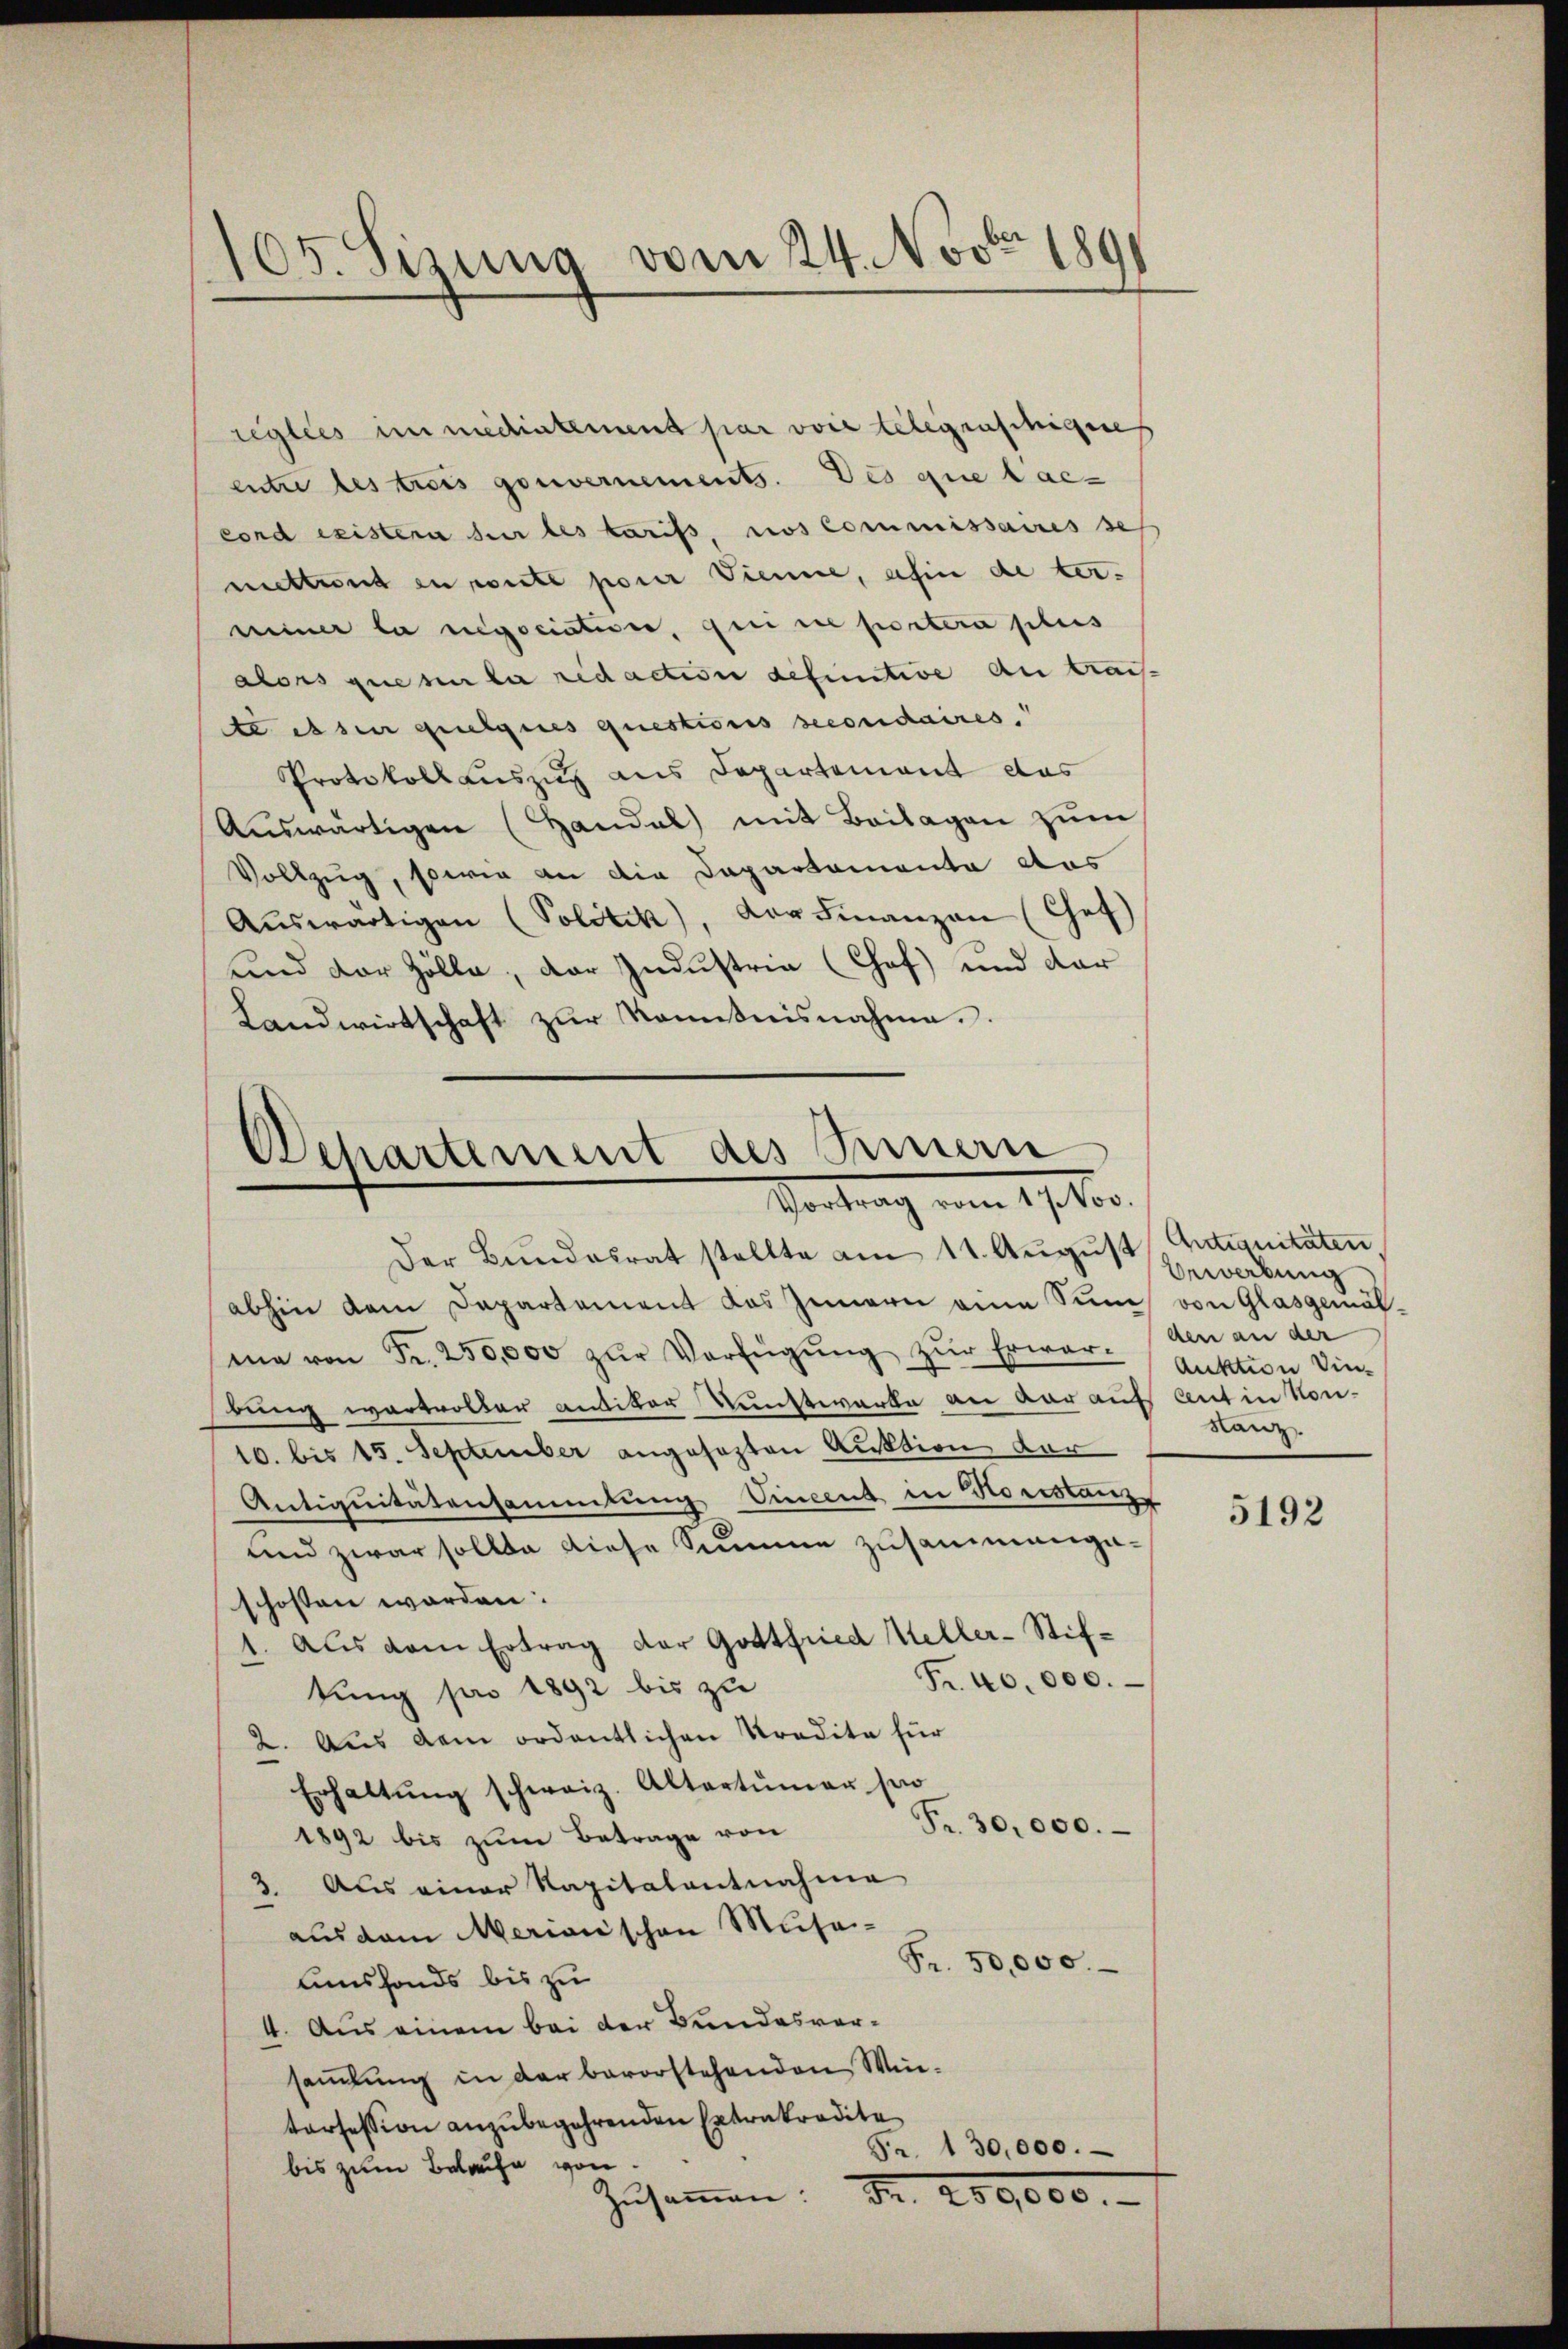
105. Sizung vom 24. Nov. 189

regles immediatement par voie telegenschigere
entre les trois gouvernements. Des que laccond esistern zur les tarifs, nos Commissaires se
mettend in weite poner Vienne, ahin de ter-
miner la rigociation, qui ne portera plus
alors ques la redaction definitive An Grau-
te es seu quelques questionis secondaires.
Protokoll auszug aus Departement das
Aŭswärtigen (Handal mit Beilagen zŭm
Vollzug, sowie an die Dapartamenta das
Aŭswärtigen (Politik, der Finanzen (Chef
und der Zölle, der Industria (Chof) und dar
Landwirtschaft zŭr Komitnisnahme.

Dchartement des Innern
Vortrag vom 11.10.

Der Bundesrat stellte am 11. August Antiquitäten
abhin dem Departement das Innern eine Sum von Glasgemäl-
me von Fr. 250,000 zŭr Verfügŭng zŭr Erwar- den an der
tung wartvoller antiker Kunstwerke an dar auf Antin Kon-
10. bis 15. September angesezten Auktion der
Antiquitätensammlung Vincent in Horstanz
und zwar sollte diese Summe zusammengaschossen worden:
1. Aus dem Ertrag der Gottfried Keller-Stif¬
Fr. 40.000.
tung pro 1892 bis zu
2. Aus dem ordentlichen Kredita für
Erhaltŭng schweiz. Altertümer so
Fr. 30,000.
1892 bis zum Betrage von
3. Aus einer Kapitalentnahme
aus dem Merianischen Muse-
Fr. 50,000.
usfonds bis zu
4. Aus einem bei der Bundesversamlung in der bevorstehenden Wintorsession anzubegehrenden Extrakredite
Fr. 130,000.
bis zum Belaufe von
Zusammen. S. 289,000.-

Bewerbung
Auktion Sin-
Lanz

5192